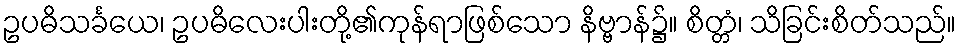
ဥပဓိသင်္ခယေ၊ ဥပဓိလေးပါးတို့၏ကုန်ရာဖြစ်သော နိဗ္ဗာန်၌။ စိတ္တံ၊ သိခြင်းစိတ်သည်။